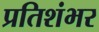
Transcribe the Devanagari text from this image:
प्रतिशंभर